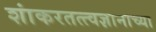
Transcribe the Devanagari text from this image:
शांकरतत्त्वज्ञानाच्या